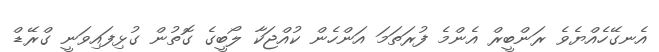
އެނގޭހެއްޔެވެ ރަންބީރް އެންމެ ފުރަތަމަ އަންހެން ކުއްޖަކާ ލޯބީގެ ގޮތުން ގުޅިފައިވަނީ ގްރޭޑް